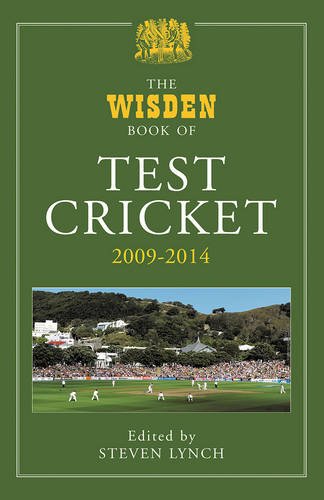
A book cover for The Wisden Book of Test Cricket 2009 - 2014; Sports & Outdoors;